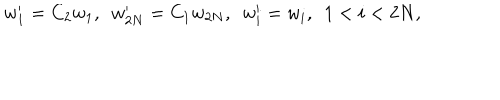
w _ { 1 } ^ { \prime } = C _ { 2 } w _ { 1 } , ~ ~ w _ { 2 N } ^ { \prime } = C _ { 1 } w _ { 2 N } , ~ ~ w _ { i } ^ { \prime } = w _ { i } , ~ ~ 1 < i < 2 N ,